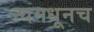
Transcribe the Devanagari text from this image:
न्यमधूनच